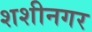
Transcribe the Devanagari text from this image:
शशीनगर